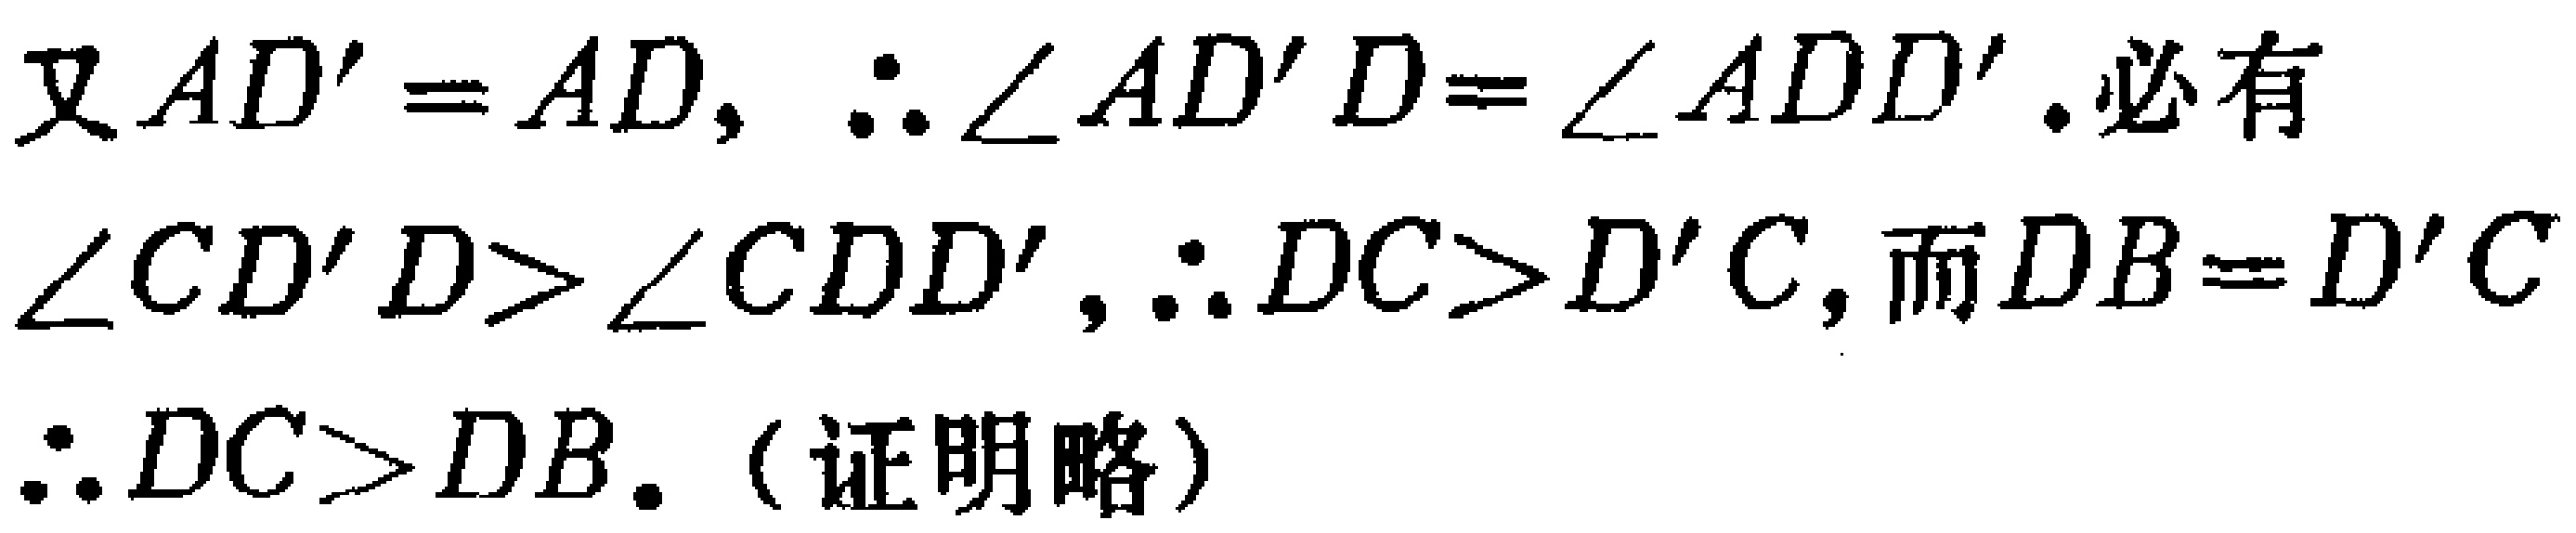
又 \(AD' = AD\)，\(\therefore \angle AD'D=\angle ADD'\). 必有 \(\angle CD'D>\angle CDD'\)，\(\therefore DC > D'C\)，而 \(DB = D'C\) \(\therefore DC>DB\).（证明略）